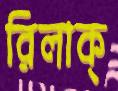
রিলাক্